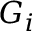
G _ { i }